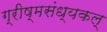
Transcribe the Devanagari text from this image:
ग्रीष्मसंध्यकल्